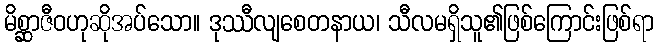
မိစ္ဆာဇီဝဟုဆိုအပ်သော။ ဒုဿီလျစေတနာယ၊ သီလမရှိသူ၏ဖြစ်ကြောင်းဖြစ်ရာ